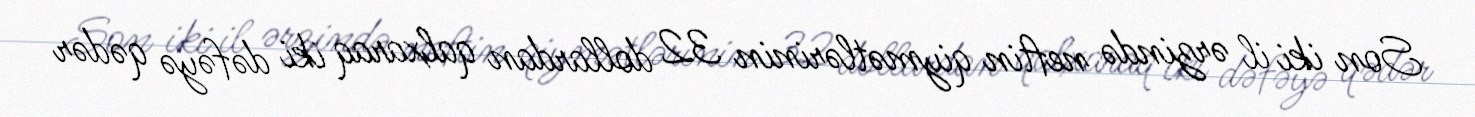
Son iki il ərzində neftin qiymətlərinin 32 dollardan qalxaraq iki dəfəyə qədər